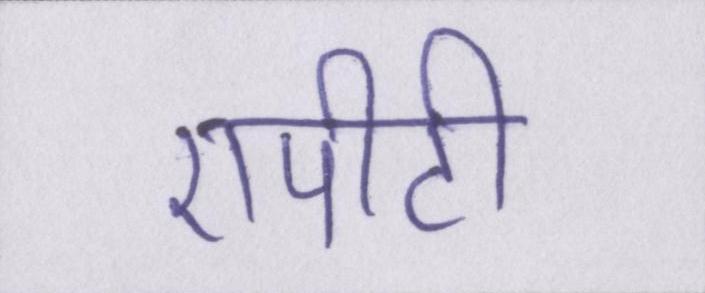
एपीटी